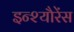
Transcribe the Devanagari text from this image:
इन्श्यौरेंस